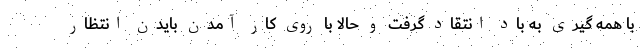
با همه گیری به باد انتقاد گرفت و حالا با روی کار آمدن بایدن انتظار